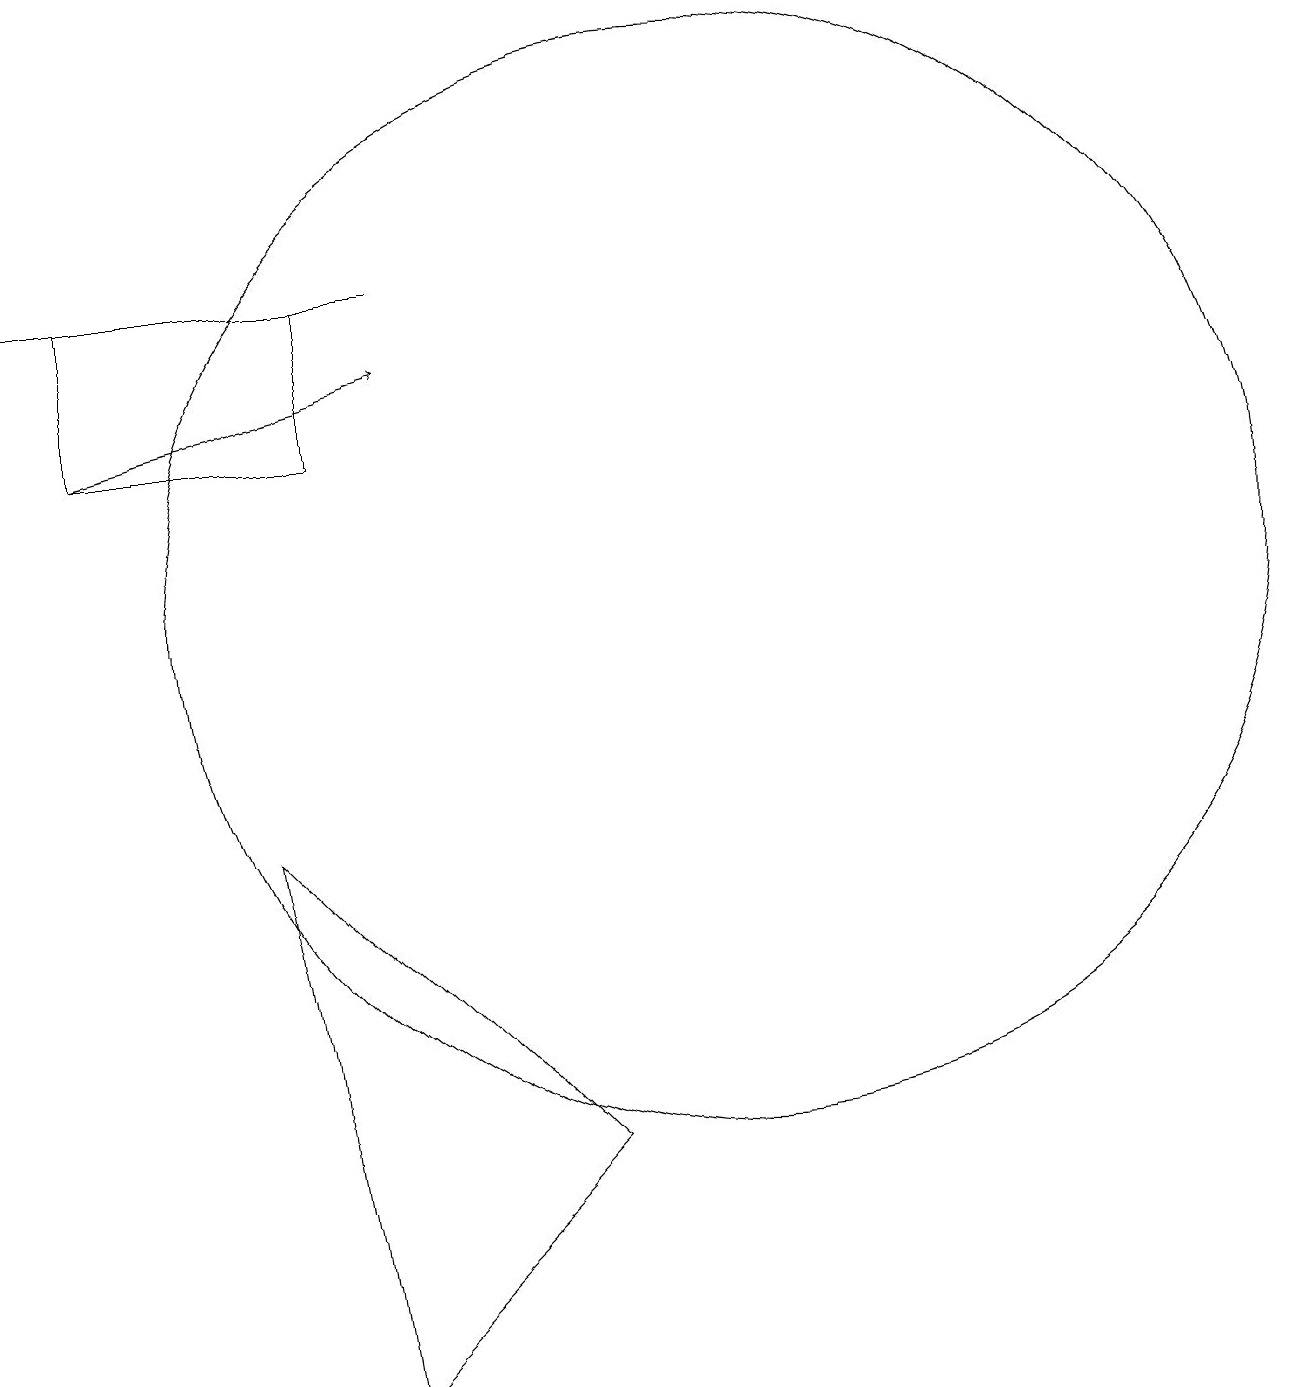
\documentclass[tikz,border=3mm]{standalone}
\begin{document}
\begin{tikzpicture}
\draw (4,9) -- (8,5) -- (5,2) -- cycle;
\draw[->] (2,14) -- (6,15);
\draw (2,14) rectangle (5,16);
\draw (1,16) rectangle (6,16);
\draw (10,12) circle (7);
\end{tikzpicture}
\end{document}